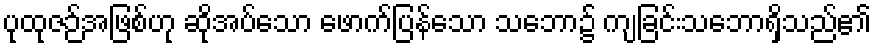
ပုထုဇဉ်အဖြစ်ဟု ဆိုအပ်သော ဖောက်ပြန်သော သဘော၌ ကျခြင်းသဘောရှိသည်၏